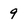
Character: 9